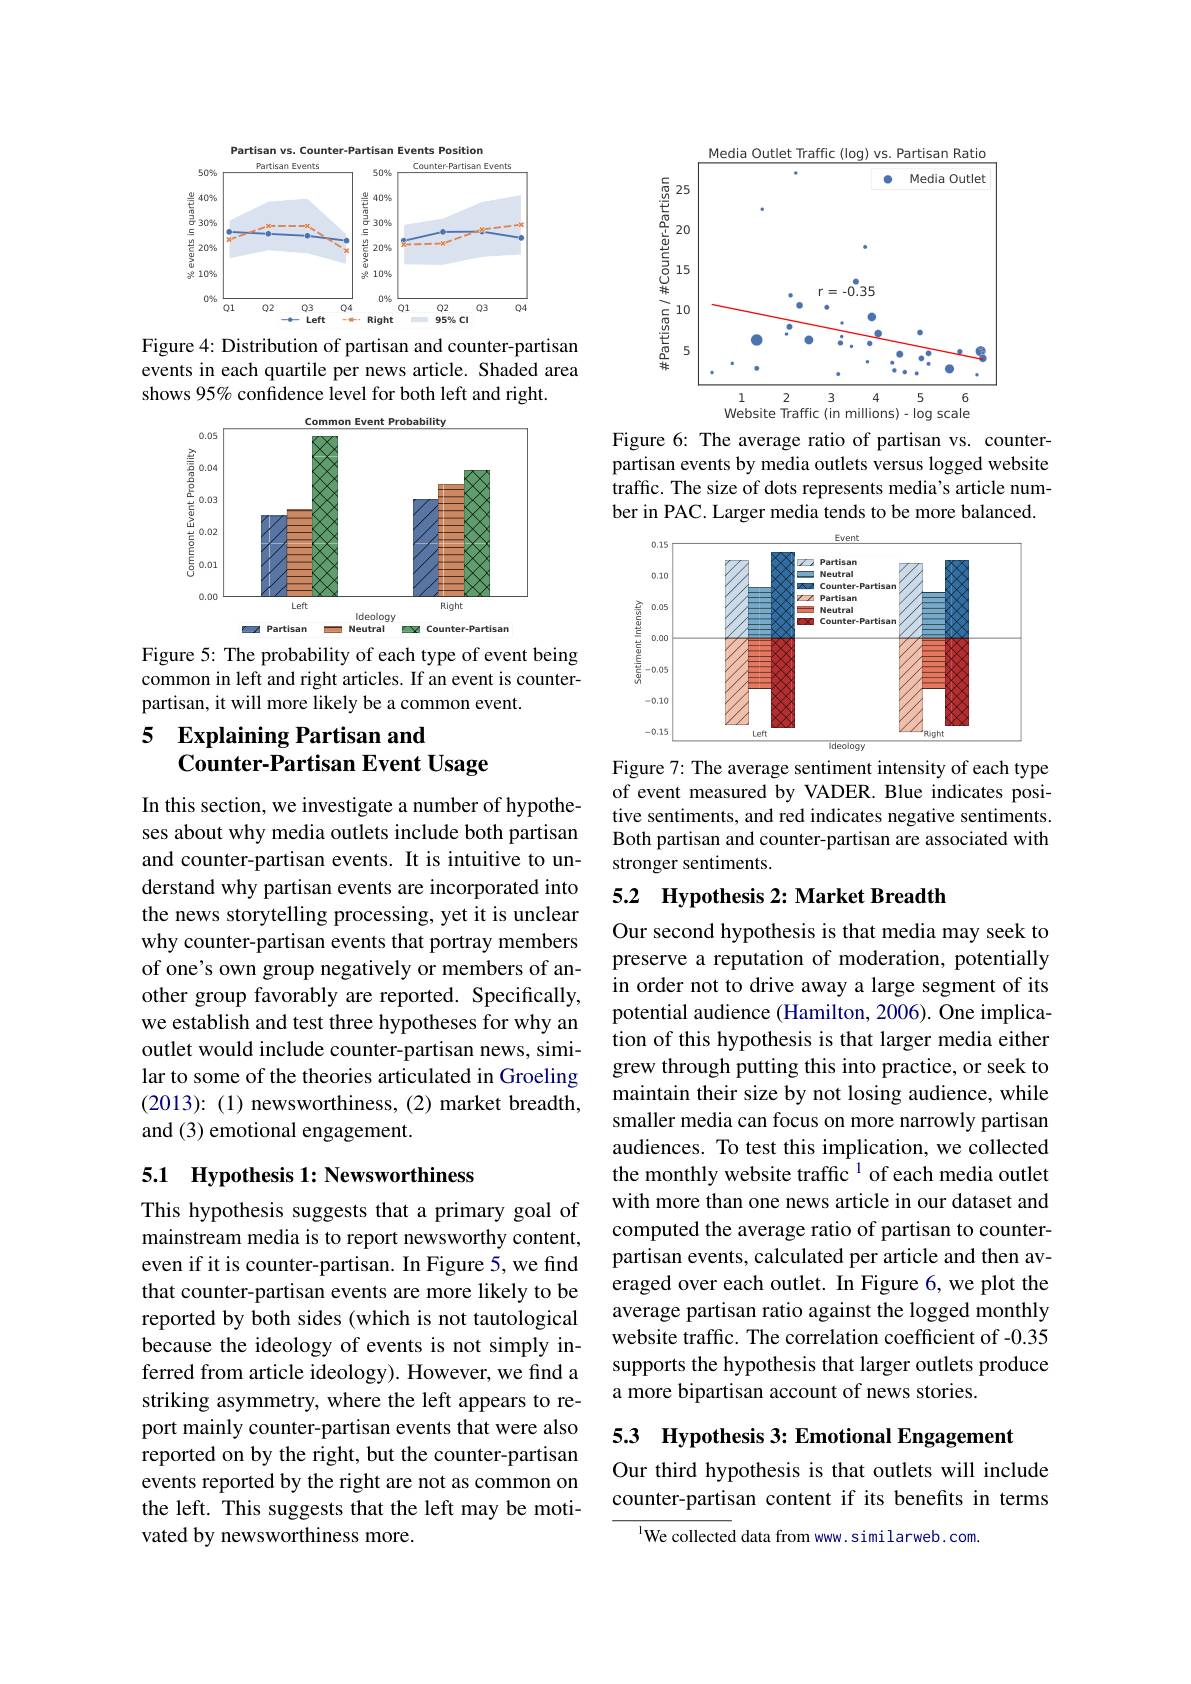
<FigureHere>
Figure 4: Distribution of partisan and counter-partisan

events in each quartile per news article. Shaded area
shows 95% confidence level for both left and right.

<FigureHere>

Figure 5: The probability of each type of event being common in left and right articles. If an event is counterpartisan, it will more likely be a common event.

## 5 Explaining Partisan and $\dot{\textbf{Counter-Partisan Event Usage}}$

In this section, we investigate a number of hypotheses about why media outlets include both partisan and counter-partisan events. It is intuitive to understand why partisan events are incorporated into the news storytelling processing, yet it is unclear why counter-partisan events that portray members of one's own group negatively or members of another group favorably are reported. Specifically, we establish and test three hypotheses for why an outlet would include counter-partisan news, similar to some of the theories articulated in Groeling (2013){:}(1) newsworthiness, (2) market breadth, and (3) emotional engagement.

# 5.1 Hypothesis 1: Newsworthiness

This hypothesis suggests that a primary goal of mainstream media is to report newsworthy content, even if it is counter-partisan. In Figure 5, we find that counter-partisan events are more likely to be reported by both sides (which is not tautological because the ideology of events is not simply inferred from article ideology). However, we find a striking asymmetry, where the left appears to report mainly counter-partisan events that were also reported on by the right, but the counter-partisan events reported by the right are not as common on the left. This suggests that the left may be motivated by newsworthiness more.

<FigureHere>

Figure 6: The average ratio of partisan vs. counterpartisan events by media outlets versus logged website traffic. The size of dots represents media's article number in PAC. Larger media tends to be more balanced.

<FigureHere>

Figure 7: The average sentiment intensity of each type of event measured by VADER. Blue indicates positive sentiments, and red indicates negative sentiments Both partisan and counter-partisan are associated with stronger sentiments.

## 5.2 Hypothesis 2: Market Breadth

Our second hypothesis is that media may seek to preserve a reputation of moderation, potentially in order not to drive away a large segment of its potential audience (Hamilton, 2006). One implication of this hypothesis is that larger media either grew through putting this into practice, or seek to maintain their size by not losing audience, while smaller media can focus on more narrowly partisan audiences. To test this implication, we collected the monthly website traffic $^{1}$ of each media outlet with more than one news article in our dataset and computed the average ratio of partisan to counterpartisan events, calculated per article and then averaged over each outlet. In Figure 6, we plot the average partisan ratio against the logged monthly website traffic. The correlation coefficient of -0.35 supports the hypothesis that larger outlets produce a more bipartisan account of news stories.

5.3 Hypothesis 3: Emotional Engagement

Our third hypothesis is that outlets will include counter-partisan content if its benefits in terms

$^{1}$We collected data from www.similarweb.com.